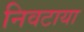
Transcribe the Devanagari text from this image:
निवटाया